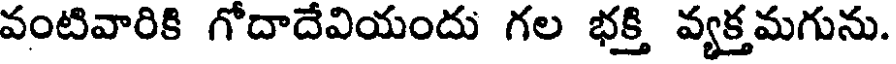
వంటివారికి గోదాదేవియందు గల భక్తి వ్యక్తమగును.